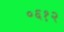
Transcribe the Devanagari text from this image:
०६१२